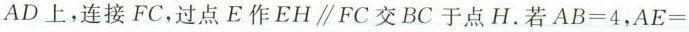
AD上，连接FC，过点E作EH \parallel FC交BC于点H。若$$A B = 4$$，$$A E =